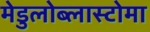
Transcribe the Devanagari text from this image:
मेडुलोब्लास्टोमा